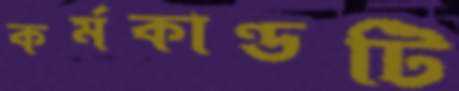
কর্মকাণ্ডটি